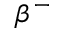
\beta ^ { - }